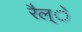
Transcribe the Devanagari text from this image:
रैल्े